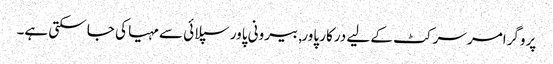
پروگرامر سرکٹ کے لیے درکار پاور, بیرونی پاور سپلائی سے مہیا کی جا سکتی ہے۔